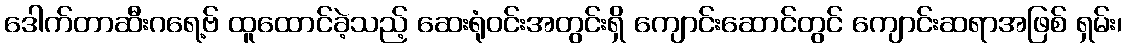
ဒေါက်တာဆီးဂရေ့ဗ် ထူထောင်ခဲ့သည့် ဆေးရုံဝင်းအတွင်းရှိ ကျောင်းဆောင်တွင် ကျောင်းဆရာအဖြစ် ရှမ်း၊